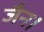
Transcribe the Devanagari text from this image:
जैन।